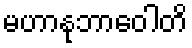
မဟာနုဘာဝေါတိ